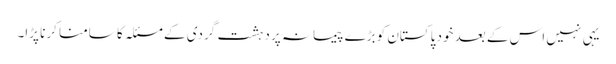
یہی نہیں اس کے بعد خود پاکستان کو بڑے پیمانہ پر دہشت گردی کے مسئلہ کا سامنا کرنا پڑا۔